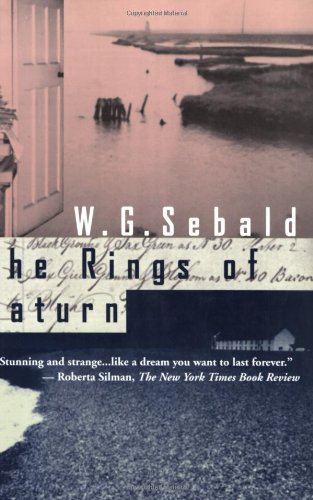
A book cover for The Rings of Saturn; W. G. Sebald; Literature & Fiction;